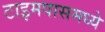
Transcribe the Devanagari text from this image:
टाइमपासमध्ये